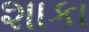
શાકા